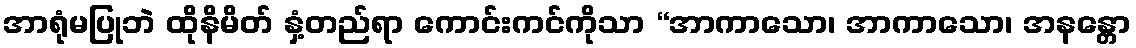
အာရုံမပြုဘဲ ထိုနိမိတ် နှံ့တည်ရာ ကောင်းကင်ကိုသာ “အာကာသော၊ အာကာသော၊ အနန္တော